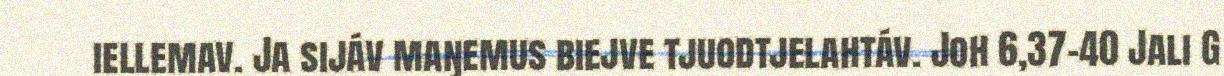
iellemav. Ja sijáv maŋemus biejve tjuodtjelahtáv. Joh 6,37-40 Jali G